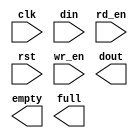
module myfifo(
	clk,
	din,
	rd_en,
	rst,
	wr_en,
	dout,
	empty,
	full);


input clk;
input [7 : 0] din;
input rd_en;
input rst;
input wr_en;
output [7 : 0] dout;
output empty;
output full;

// synthesis translate_off

      FIFO_GENERATOR_V4_3 #(
		.C_COMMON_CLOCK(1),
		.C_COUNT_TYPE(0),
		.C_DATA_COUNT_WIDTH(10),
		.C_DEFAULT_VALUE("BlankString"),
		.C_DIN_WIDTH(8),
		.C_DOUT_RST_VAL("0"),
		.C_DOUT_WIDTH(8),
		.C_ENABLE_RLOCS(0),
		.C_FAMILY("virtex2"),
		.C_FULL_FLAGS_RST_VAL(1),
		.C_HAS_ALMOST_EMPTY(0),
		.C_HAS_ALMOST_FULL(0),
		.C_HAS_BACKUP(0),
		.C_HAS_DATA_COUNT(0),
		.C_HAS_INT_CLK(0),
		.C_HAS_MEMINIT_FILE(0),
		.C_HAS_OVERFLOW(0),
		.C_HAS_RD_DATA_COUNT(0),
		.C_HAS_RD_RST(0),
		.C_HAS_RST(1),
		.C_HAS_SRST(0),
		.C_HAS_UNDERFLOW(0),
		.C_HAS_VALID(0),
		.C_HAS_WR_ACK(0),
		.C_HAS_WR_DATA_COUNT(0),
		.C_HAS_WR_RST(0),
		.C_IMPLEMENTATION_TYPE(0),
		.C_INIT_WR_PNTR_VAL(0),
		.C_MEMORY_TYPE(1),
		.C_MIF_FILE_NAME("BlankString"),
		.C_MSGON_VAL(1),
		.C_OPTIMIZATION_MODE(0),
		.C_OVERFLOW_LOW(0),
		.C_PRELOAD_LATENCY(1),
		.C_PRELOAD_REGS(0),
		.C_PRIM_FIFO_TYPE("1kx18"),
		.C_PROG_EMPTY_THRESH_ASSERT_VAL(2),
		.C_PROG_EMPTY_THRESH_NEGATE_VAL(3),
		.C_PROG_EMPTY_TYPE(0),
		.C_PROG_FULL_THRESH_ASSERT_VAL(1022),
		.C_PROG_FULL_THRESH_NEGATE_VAL(1021),
		.C_PROG_FULL_TYPE(0),
		.C_RD_DATA_COUNT_WIDTH(10),
		.C_RD_DEPTH(1024),
		.C_RD_FREQ(1),
		.C_RD_PNTR_WIDTH(10),
		.C_UNDERFLOW_LOW(0),
		.C_USE_DOUT_RST(1),
		.C_USE_ECC(0),
		.C_USE_EMBEDDED_REG(0),
		.C_USE_FIFO16_FLAGS(0),
		.C_USE_FWFT_DATA_COUNT(0),
		.C_VALID_LOW(0),
		.C_WR_ACK_LOW(0),
		.C_WR_DATA_COUNT_WIDTH(10),
		.C_WR_DEPTH(1024),
		.C_WR_FREQ(1),
		.C_WR_PNTR_WIDTH(10),
		.C_WR_RESPONSE_LATENCY(1))
	inst (
		.CLK(clk),
		.DIN(din),
		.RD_EN(rd_en),
		.RST(rst),
		.WR_EN(wr_en),
		.DOUT(dout),
		.EMPTY(empty),
		.FULL(full),
		.INT_CLK(),
		.BACKUP(),
		.BACKUP_MARKER(),
		.PROG_EMPTY_THRESH(),
		.PROG_EMPTY_THRESH_ASSERT(),
		.PROG_EMPTY_THRESH_NEGATE(),
		.PROG_FULL_THRESH(),
		.PROG_FULL_THRESH_ASSERT(),
		.PROG_FULL_THRESH_NEGATE(),
		.RD_CLK(),
		.RD_RST(),
		.SRST(),
		.WR_CLK(),
		.WR_RST(),
		.ALMOST_EMPTY(),
		.ALMOST_FULL(),
		.DATA_COUNT(),
		.OVERFLOW(),
		.PROG_EMPTY(),
		.PROG_FULL(),
		.VALID(),
		.RD_DATA_COUNT(),
		.UNDERFLOW(),
		.WR_ACK(),
		.WR_DATA_COUNT(),
		.SBITERR(),
		.DBITERR());


// synthesis translate_on

// XST black box declaration
// box_type "black_box"
// synthesis attribute box_type of myfifo is "black_box"

endmodule